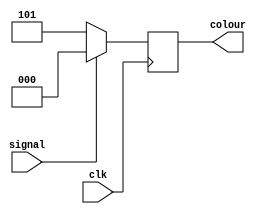
module clearScreen(clk,signal,colour);

	input clk;
	input signal;
	output reg [2:0] colour;

	always @(posedge clk)
	begin
		if(signal == 1'b1)
			begin
				colour <= 3'b000;
			end
		else
			begin
				colour <= 3'b101;
			end
	end
endmodule